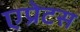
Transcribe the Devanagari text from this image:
एप्रेटस